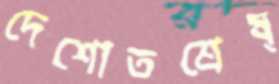
দেশোতশ্রেষ্